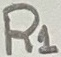
Text: R1